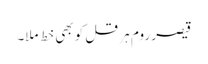
قیصر روم ہر قل کو بھی خط ملا۔